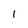
Character: 1